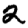
Digit: 2